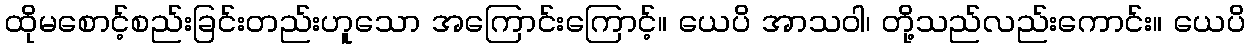
ထိုမစောင့်စည်းခြင်းတည်းဟူသော အကြောင်းကြောင့်။ ယေပိ အာသဝါ၊ တို့သည်လည်းကောင်း။ ယေပိ